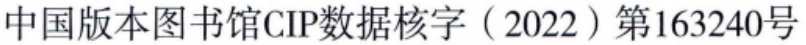
中国版本图书馆CIP数据核字（2022）第163240号